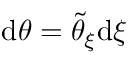
\mathrm { d } \theta = \tilde { \theta } _ { \xi } \mathrm { d } \xi